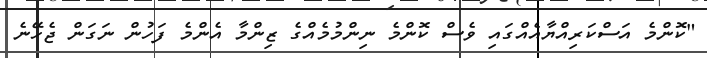
"ކޮންމެ އަސްކަރިއްޔާއެއްގައި ވެސް ކޮންމެ ނިިންމުމެއްގެ ޒިންމާ އެންމެ ފަހުން ނަގަން ޖެހޭނެ